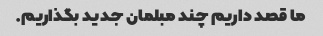
ما قصد داریم چند مبلمان جدید بگذاریم.